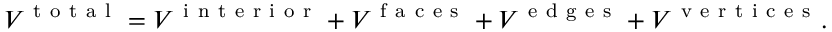
V ^ { \mathrm { ~ t ~ o ~ t ~ a ~ l ~ } } = V ^ { \mathrm { ~ i ~ n ~ t ~ e ~ r ~ i ~ o ~ r ~ } } + V ^ { \mathrm { ~ f ~ a ~ c ~ e ~ s ~ } } + V ^ { \mathrm { ~ e ~ d ~ g ~ e ~ s ~ } } + V ^ { \mathrm { ~ v ~ e ~ r ~ t ~ i ~ c ~ e ~ s ~ } } .